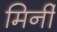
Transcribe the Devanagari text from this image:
मिर्नी